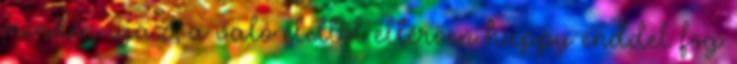
minden igaz, a való élettől eltérően happy enddel fog